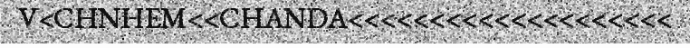
V<CHNHEM<<CHANDA<<<<<<<<<<<<<<<<<<<<